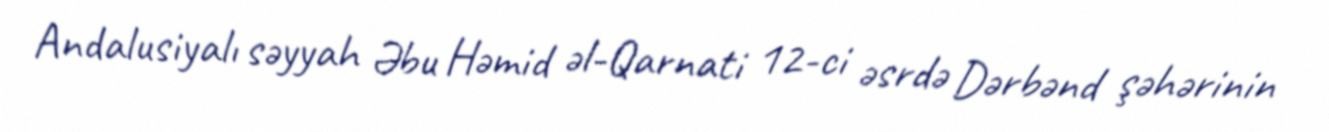
Andalusiyalı səyyah Əbu Həmid əl-Qarnati 12-ci əsrdə Dərbənd şəhərinin